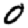
Digit: 0